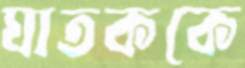
ঘাতককে